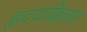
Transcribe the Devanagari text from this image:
हृदयविह्वलता